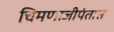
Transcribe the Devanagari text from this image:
चिमणाजीपंतास